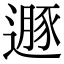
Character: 遯